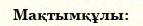
Мақтымқұлы: